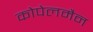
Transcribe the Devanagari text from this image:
कोपेलमैन